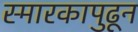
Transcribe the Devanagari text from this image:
स्मारकापुढून